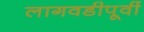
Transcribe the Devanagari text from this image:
लागवडीपूर्वी